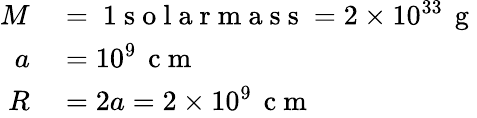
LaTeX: \begin{array}{rl}{M}&{{}=\mathrm{~1~s~o~l~a~r~m~a~s~s~}=2\times 10^{33}\, \mathrm{~g~}}\\ {a}&{{}=10^{9}\, \mathrm{~c~m~}}\\ {R}&{{}=2a=2\times 10^{9}\, \mathrm{~c~m~}}\end{array}